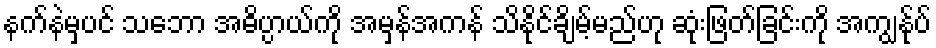
နက်နဲမှပင် သဘော အဓိပ္ပာယ်ကို အမှန်အကန် သိနိုင်ချိမ့်မည်ဟု ဆုံးဖြတ်ခြင်းကို အကျွန်ုပ်